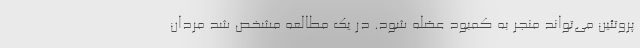
پروتئین می‌تواند منجر به کمبود عضله شود. در یک مطالعه مشخص شد مردان